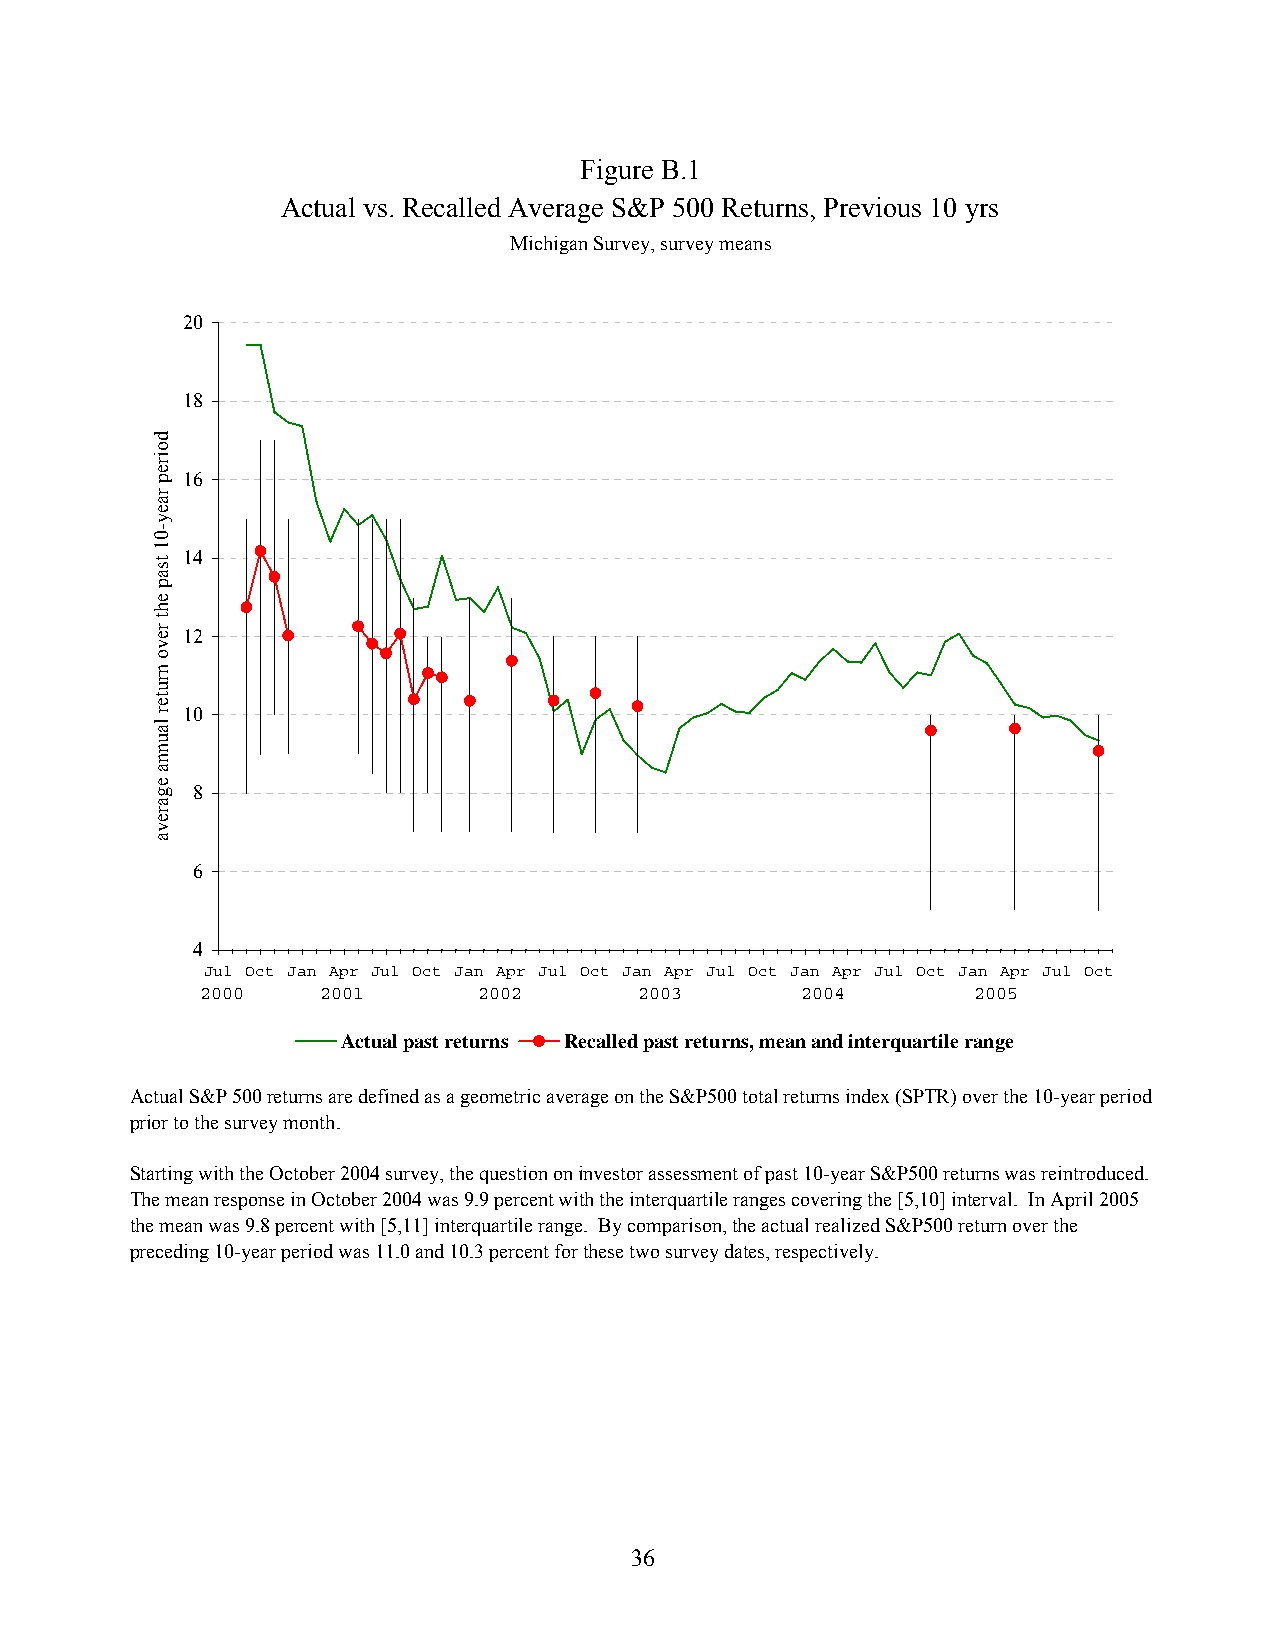
Figure B.1
 Actual vs. Recalled Average S&P 500 Returns, Previous 10 yrs
 Michigan Survey, survey means
 20
 18
 16
 14
 12
 10
 8
 6
 4
 Jul Oct Jan Apr Jul Oct Jan Apr Jul Oct Jan Apr Jul Oct Jan Apr Jul Oct Jan Apr Jul Oct
 2000    2001       2002      2003       2004        2005
 Actual past returns Recalled past returns, mean and interquartile range
 Actual S&P 500 returns are defined as a geometric average on the S&P500 total returns index (SPTR) over the 10-year period
 prior to the survey month.
 Starting with the October 2004 survey, the question on investor assessment of past 10-year S&P500 returns was reintroduced.
 The mean response in October 2004 was 9.9 percent with the interquartile ranges covering the [5,10] interval. In April 2005
 the mean was 9.8 percent with [5,11] interquartile range. By comparison, the actual realized S&P500 return over the
 preceding 10-year period was 11.0 and 10.3 percent for these two survey dates, respectively.
 36
 doirep
 raey-01
 tsap
 eht
 revo
 nruter
 launna
 egareva